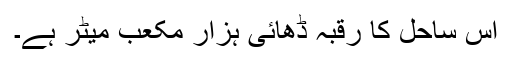
اس ساحل کا رقبہ ڈھائی ہزار مکعب میٹر ہے۔